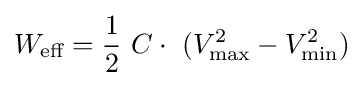
W_{\text{eff}}={\frac {1}{2}}\ C\cdot \ (V_{\text{max}}^{2}-V_{\text{min}}^{2})